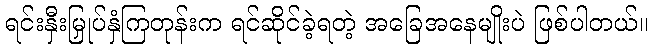
ရင်းနှီးမြှုပ်နှံကြတုန်းက ရင်ဆိုင်ခဲ့ရတဲ့ အခြေအနေမျိုးပဲ ဖြစ်ပါတယ်။